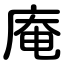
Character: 庵